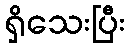
ရှိသေးပြီး